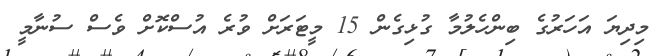
މިދިޔަ އަހަރުގެ ބިންހެލުމާ ގުޅިގެން 15 މީޓަރަށް ވުރެ އުސްކޮށް ވެސް ސުނާމީ